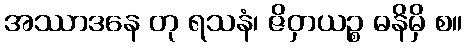
အဿာဒနေ တု ရသနံ၊ ဇိဝှာယဉ္စ ဓနိမှိ စ။